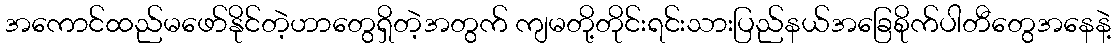
အကောင်ထည်မဖော်နိုင်တဲ့ဟာတွေရှိတဲ့အတွက် ကျမတို့တိုင်းရင်းသားပြည်နယ်အခြေစိုက်ပါတီတွေအနေနဲ့